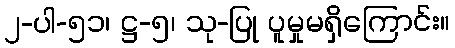
၂-ပါ-၅၁၊ ဋ္ဌ-၅၊ သု-ပြု ပူမှုမရှိကြောင်း။